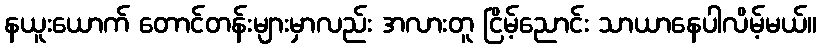
နယူးယောက် တောင်တန်းများမှာလည်း အလားတူ ငြိမ့်ညောင်း သာယာနေပါလိမ့်မယ်။